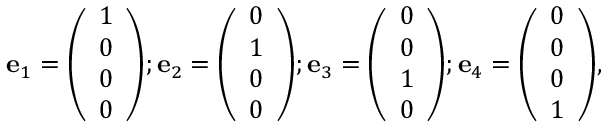
\mathbf { e } _ { 1 } = { \left( \begin{array} { l } { 1 } \\ { 0 } \\ { 0 } \\ { 0 } \end{array} \right) } ; \mathbf { e } _ { 2 } = { \left( \begin{array} { l } { 0 } \\ { 1 } \\ { 0 } \\ { 0 } \end{array} \right) } ; \mathbf { e } _ { 3 } = { \left( \begin{array} { l } { 0 } \\ { 0 } \\ { 1 } \\ { 0 } \end{array} \right) } ; \mathbf { e } _ { 4 } = { \left( \begin{array} { l } { 0 } \\ { 0 } \\ { 0 } \\ { 1 } \end{array} \right) } ,